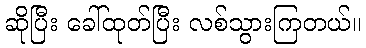
ဆိုပြီး ခေါ်ထုတ်ပြီး လစ်သွားကြတယ်။